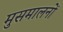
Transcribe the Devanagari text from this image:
मुसमालनों